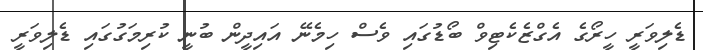
ޑެލިވަރީ ހީރޯގެ އެގްޒެކެޓިވް ބޯޑުގައި ވެސް ހިމެނޭ އައިދީން ބުނީ ކުރިމަގުގައި ޑެލިވަރީ